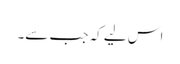
اس لیے کہ جب سے۔